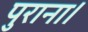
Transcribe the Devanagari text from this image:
पुराना।